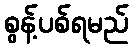
စွန့်ပစ်ရမည်